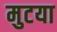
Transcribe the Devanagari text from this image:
मुटया